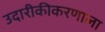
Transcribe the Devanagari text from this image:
उदारीकीकरणाला